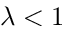
\lambda < 1